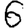
Digit: 6